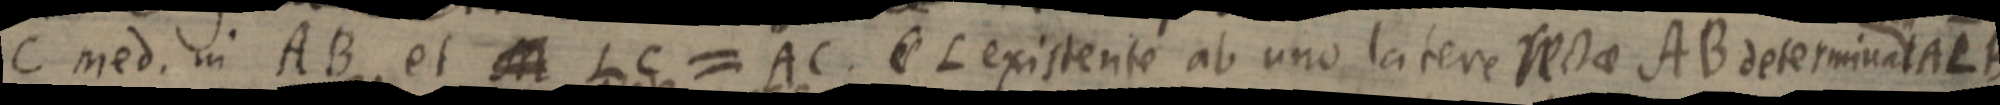
C med. in AB, et A LC=AC. L existente ab uno latere rectae AB determinat ALB